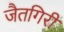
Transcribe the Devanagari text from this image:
जैतगिरी